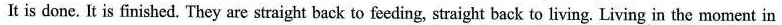
It is done. It is finished. They are straight back to feeding, straight back to living. Living in the moment in